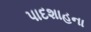
પાદશાહના